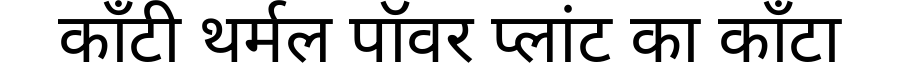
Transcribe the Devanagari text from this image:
काँटी थर्मल पॉवर प्लांट का काँटा